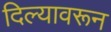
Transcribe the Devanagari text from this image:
दिल्यावरून